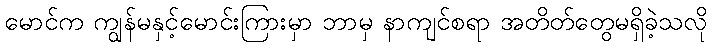
မောင်က ကျွန်မနှင့်မောင်းကြားမှာ ဘာမှ နာကျင်စရာ အတိတ်တွေမရှိခဲ့သလို